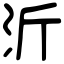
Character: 沂